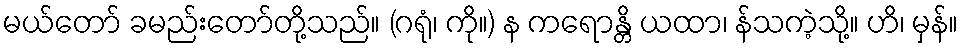
မယ်တော် ခမည်းတော်တို့သည်။ (ဂရုံ၊ ကို။) န ကရောန္တိ ယထာ၊ န်သကဲ့သို့။ ဟိ၊ မှန်။